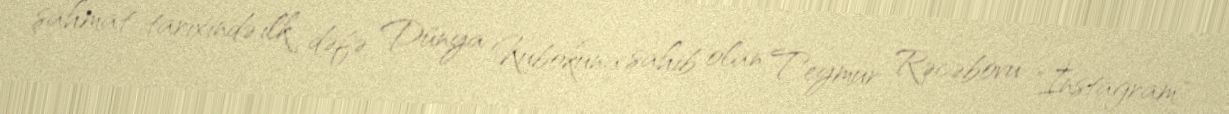
şahmat tarixində ilk dəfə Dünya Kubokuna sahib olan Teymur Rəcəbovu "İnstagram"